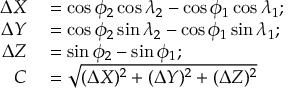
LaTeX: \begin{array} { r l } { \Delta { X } } & { { } = \cos \phi _ { 2 } \cos \lambda _ { 2 } - \cos \phi _ { 1 } \cos \lambda _ { 1 } ; } \\ { \Delta { Y } } & { { } = \cos \phi _ { 2 } \sin \lambda _ { 2 } - \cos \phi _ { 1 } \sin \lambda _ { 1 } ; } \\ { \Delta { Z } } & { { } = \sin \phi _ { 2 } - \sin \phi _ { 1 } ; } \\ { C } & { { } = { \sqrt { ( \Delta { X } ) ^ { 2 } + ( \Delta { Y } ) ^ { 2 } + ( \Delta { Z } ) ^ { 2 } } } } \end{array}